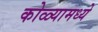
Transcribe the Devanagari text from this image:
कोळ्यामध्ये